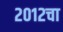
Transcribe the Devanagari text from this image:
२०१२चा